Insane asylums Bombay 1873-77 - 1873-1877
Year: 1873
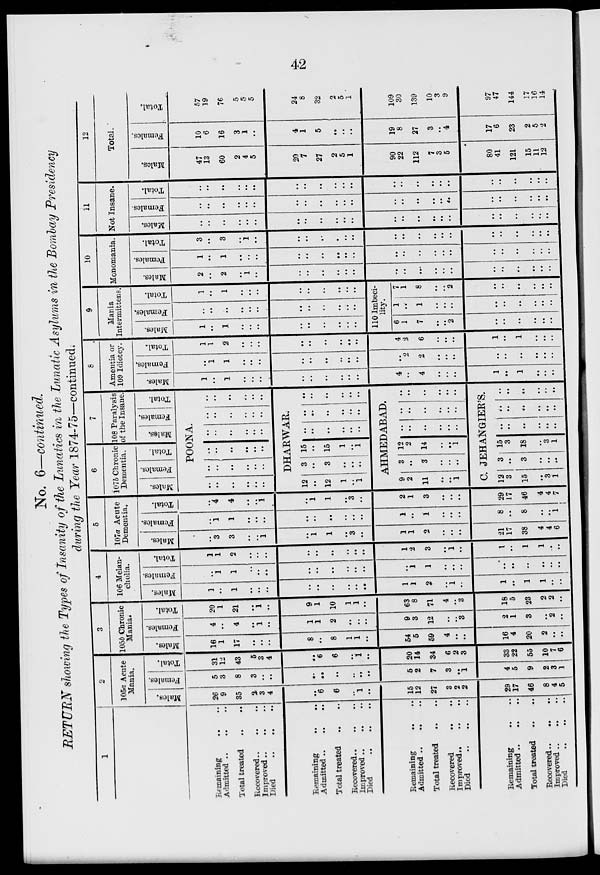
42
No. 6—continued.
RETURN showing the Types of Insanity of the Lunatics in the Lunatic Asylums in the Bombay Presidency
during the Year 1874-75—continued.
1
Remaining
..
..
Admitted ..
..
..
Total treated
..
..
Recovered .. .. ..
Improved ..
..
..
Died
..
..
..
Remaining .. ..
Admitted .. .. ..
Total treated
..
..
Recovered ..
..
..
Improved .. .. ..
Died .. .. ..
Remaining
..
..
Admitted ..
..
..
Total treated
..
..
Recovered
..
..
Improved .. .. ..
Died .. .. ..
Remaining
..
..
Admitted .. .. ..
Total treated
..
..
Recovered .. .. ..
Improved ..
..
..
Died .. .. ..
2
105a Acute
Mania.
Males.
26
9
35
2
3
4
..
6
6
..
1
..
15
12
27
3
2
2
29
17
46
8
4
5
Females.
5
3
8
3
..
..
..
..
..
..
..
..
5
2
7
3
..
1
4
5
9
2
3
1
Total.
31
12
43
5
3
4
..
6
6
..
1
..
20
14
34
6
2
3
33
22
55
10
7
6
3
105b Chronic
Mania.
Males.
16
1
17
..
..
..
8
..
8
1
1
..
54
5
59
4
..
..
16
4
20
2
..
..
Females.
4
..
4
..
1
..
1
1
2
..
..
..
9
3
12
..
..
3
2
1
3
..
2
..
Total.
20
1
21
..
1
..
9
1
10
1
1
..
63
8
71
4
..
3
18
5
23
2
2
..
4
106 Melan-
cholia.
Males.
1
..
1
..
..
..
..
..
..
..
..
..
1
1
2
..
1
..
1
..
1
1
..
..
Females.
..
1
1
..
..
..
..
..
..
..
..
..
..
1
1
..
..
..
..
..
..
..
..
..
Total.
1
1
2
..
..
..
..
..
..
..
..
..
1
2
3
..
1
..
1
..
1
1
..
..
5
107a Acute
Dementia.
Males.
..
3
3
..
..
1
..
1
1
..
3
..
1
1
2
..
..
..
21
17
38
4
4
6
Females.
..
1
1
..
..
..
..
..
..
..
..
..
1
..
1
..
..
..
8
..
8
..
..
1
Total.
..
4
4
..
..
1
..
1
1
..
3
..
2
1
3
..
..
..
29
17
46
4
4
7
6
107b Chronic
Dementia.
Males.
Females.
Total.
7
108 Paralysis
of the Insane.
Males.
Females.
Total.
POONA.
..
..
..
..
..
..
..
..
..
..
..
..
..
..
..
..
..
..
..
..
..
..
..
..
..
..
..
..
..
..
..
..
..
..
..
..
DHARWAR.
12
..
12
1
..
1
3
..
3
..
..
..
15
..
15
1
..
1
..
..
..
..
..
..
..
..
..
..
..
..
..
..
..
..
..
..
AHMEDABAD.
9
2
11
..
..
1
3
..
3
..
..
..
12
2
14
..
..
1
..
..
..
..
..
..
..
..
..
..
..
..
..
..
..
..
..
..
C. JEHANGIER'S.
12
3
15
..
3
1
3
..
3
..
..
..
15
3
18
..
3
1
..
..
..
..
..
..
..
..
..
..
..
..
..
..
..
..
..
..
8
Amentia or
109 Idiotcy.
Males.
1
..
1
..
..
..
..
..
..
..
..
..
4
..
4
..
..
..
1
..
1
..
..
..
Females.
..
1
1
..
..
..
..
..
..
..
..
..
..
2
2
..
..
..
..
..
..
..
..
..
Total.
1
1
2
..
..
..
..
..
..
..
..
..
4
2
6
..
..
..
1
..
1
..
..
..
9
Mania
Intermittens.
Males.
1
..
1
..
..
..
..
..
..
..
..
..
Females.
..
..
..
..
..
..
..
..
..
..
..
..
Total.
1
..
1
..
..
..
..
..
..
..
..
..
110 Imbeci-
lity.
6
1
7
..
..
2
..
..
..
..
..
..
1
..
1
..
..
..
..
..
..
..
..
..
7
1
8
..
..
2
..
..
..
..
..
..
10
Monomania.
Males.
2
..
2
..
1
..
..
..
..
..
..
..
..
..
..
..
..
..
..
..
..
..
..
..
Females.
1
..
1
..
..
..
..
..
..
..
..
..
..
..
..
..
..
..
..
..
..
..
..
..
Total.
3
..
3
..
1
..
..
..
..
..
..
..
..
..
..
..
..
..
..
..
..
..
..
..
11
Not Insane.
Males.
..
..
..
..
..
..
..
..
..
..
..
..
..
..
..
..
..
..
..
..
..
..
..
..
Females.
..
..
..
..
..
..
..
..
..
..
..
..
..
..
..
..
..
..
..
..
..
..
..
..
Total.
..
..
..
..
..
..
..
..
..
..
..
..
..
..
..
..
..
..
..
..
..
..
..
..
12
Total.
Males.
47
13
60
2
4
5
20
7
27
2
5
1
90
22
112
7
3
5
80
41
121
15
11
12
Females.
10
6
16
3
1
..
4
1
5
..
..
..
19
8
27
3
..
4
17
6
23
2
5
2
Total.
57
19
76
5
5
5
24
8
32
2
5
1
109
30
139
10
3
9
97
47
144
17
16
14